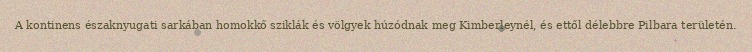
A kontinens északnyugati sarkában homokkő sziklák és völgyek húzódnak meg Kimberleynél, és ettől délebbre Pilbara területén.